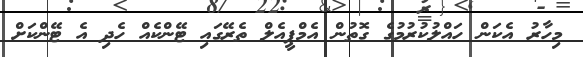
މިހާރު އެކަން ހައްލުކުރުމުގެ ގޮތުން އެމްޕީއެލް ތެރޭގައި ޓޭންކެއް ހެދި އެ ޓޭންކަށް